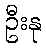
ဦးနု